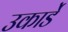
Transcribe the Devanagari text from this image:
उकार्डे